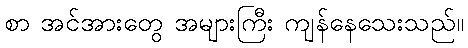
စာ အင်အားတွေ အများကြီး ကျန်နေသေးသည်။